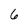
Character: 6